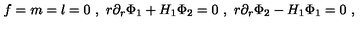
f = m = l = 0 \ , \ r \partial _ { r } \Phi _ { 1 } + H _ { 1 } \Phi _ { 2 } = 0 \ , \ r \partial _ { r } \Phi _ { 2 } - H _ { 1 } \Phi _ { 1 } = 0 \ , \nonumber